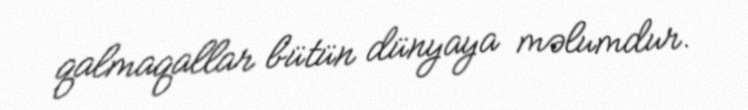
qalmaqallar bütün dünyaya məlumdur.